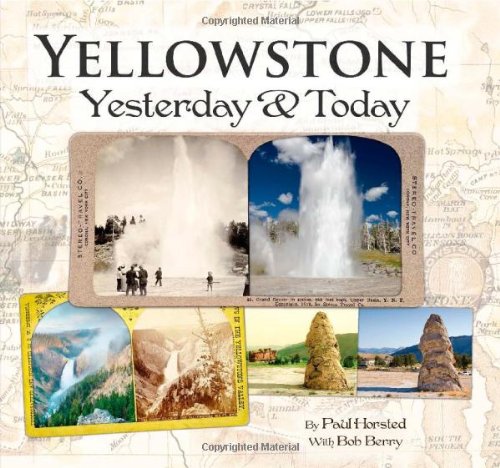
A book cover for Yellowstone Yesterday and Today; Paul Horsted; Travel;